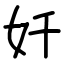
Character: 奷